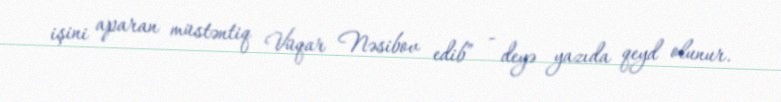
işini aparan müstəntiq Vüqar Nəsibov edib” - deyə yazıda qeyd olunur.